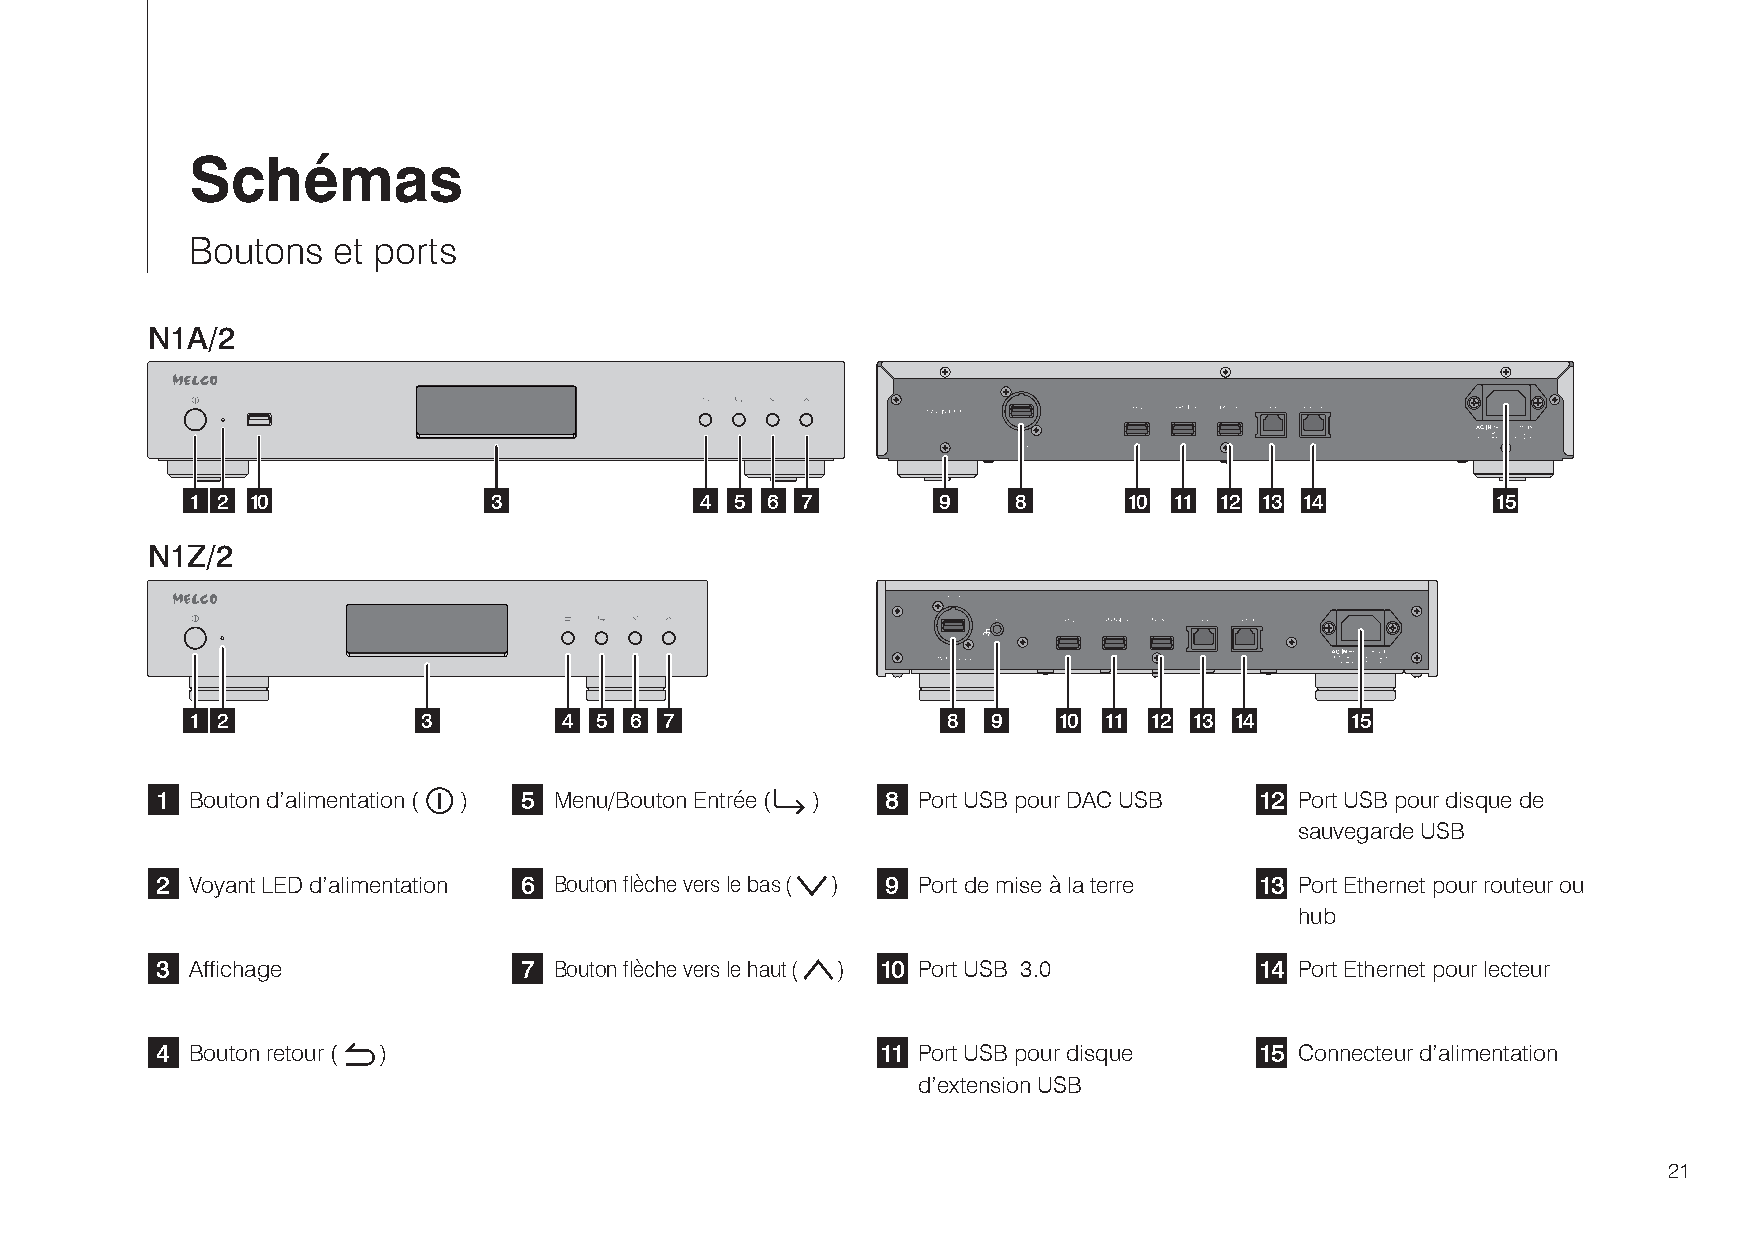
Schémas
 Boutons  et ports
 N1A/2
 1 2 10             3             4  5 6 7        9    8       10 11 12 13 14          15
 N1Z/2
 1 2            3        4 5  6 7                  8  9   10 11 12 13 14     15
 1  Bouton d’alimentation ( ) 5 Menu/Bouton Entrée ( ) 8 Port USB pour DAC USB 12 Port USB pour disque de
 sauvegarde USB
 2  Voyant LED d’alimentation 6 Bouton flèche vers le bas ( ) 9 Port de mise à la terre 13 Port Ethernet pour routeur ou
 hub
 3  Affichage            7  Bouton flèche vers le haut ( ) 10 Port USB 3.0 14 Port Ethernet pour lecteur
 4  Bouton retour ( )                            11 Port USB pour disque  15 Connecteur d’alimentation
 d’extension USB
 21